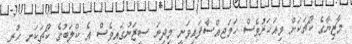
މާޒިޔާގެ ކޯޗަކަށް މިއަހަރުވެސް ހަމަޖއްސާފައިވަނީ މިދިޔަ ސީޒަނުގައިވެސް އެ ކްލަބުގެ ކޯޗަކަށ ހުރި